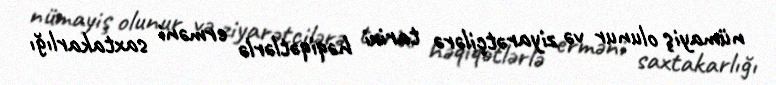
nümayiş olunur və ziyarətçilərə tarixi həqiqətlərlə erməni saxtakarlığı